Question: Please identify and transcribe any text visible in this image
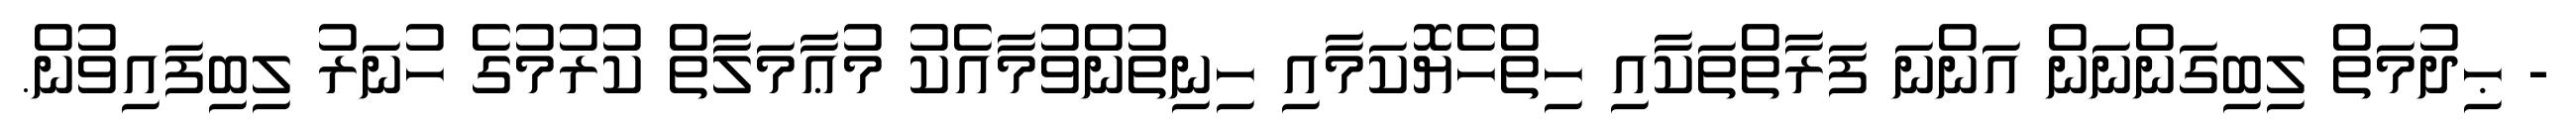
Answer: - ޙިދުމަތް ލިބިގަންނަން އަންނަ ފަރާތްތަކާއި ހިތްހެޔޮކަމާއި ހިނިތުންވުމާއެކު މުޢާމަލާތް ކުރުމުގެ ހުނަރު ލިބިފައިވުން.